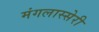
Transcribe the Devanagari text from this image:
मंगलास्सेरी